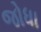
જોધા